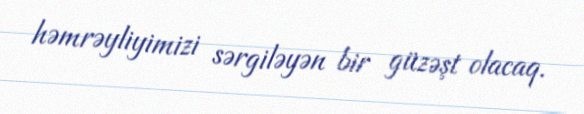
həmrəyliyimizi sərgiləyən bir güzəşt olacaq.